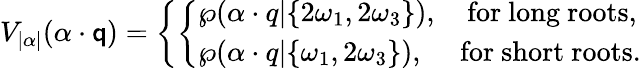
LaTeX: V_{|\alpha|}(\alpha\cdot\mathsf{q})=\left\{ \left\{ \begin{array}{ll}{{\wp(\alpha\cdot q|\{ 2\omega_{1},2\omega_{3}\} ),\quad\mathrm{for~long~roots},}}\\ {{\wp(\alpha\cdot q|\{ \omega_{1},2\omega_{3}\} ),\quad\ \mathrm{for~short~roots}.}}\end{array}\right.\right.